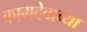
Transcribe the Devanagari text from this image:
कामदेवाच्या